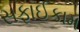
સફાઈકામ